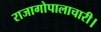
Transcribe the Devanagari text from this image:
राजागोपालाचारी।